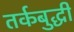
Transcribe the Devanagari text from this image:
तर्कबुद्धी